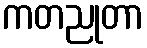
ကတညုတာ